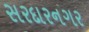
સરદારનગર